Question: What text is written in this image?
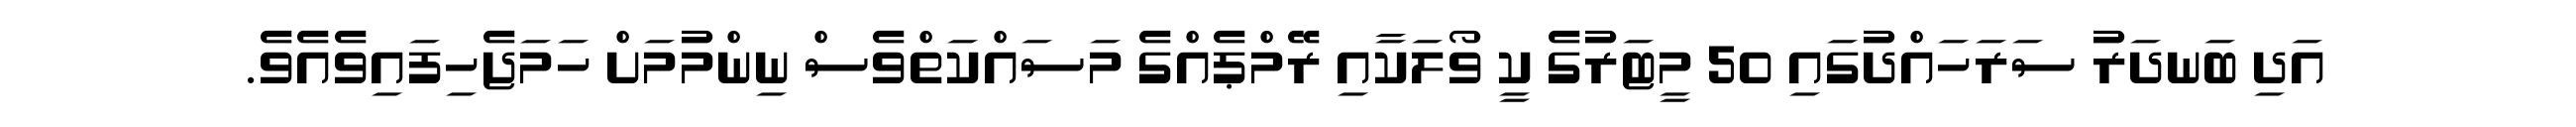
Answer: އަދި ބަނދަރު ސަރަހައްދުގައި 50 މީޓަރުގެ ކީ ވޯލަކާއި ރޭމްޕެއްގެ މަސައްކަތްވެސް ނިންމުމަށް ހަމަޖެހިފައިވެއެވެ.